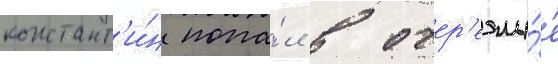
констант'и́н попа́л в очер'едны́е